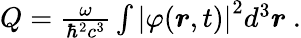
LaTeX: \begin{array}{r}{Q=\frac{\omega}{\hbar^{2}c^{3}}\int\left|\varphi(\boldsymbol{r},t)\right|^{2}d^{3}\boldsymbol{r}~.}\end{array}